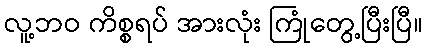
လူ့ဘဝ ကိစ္စရပ် အားလုံး ကြုံတွေ့ပြီးပြီ။